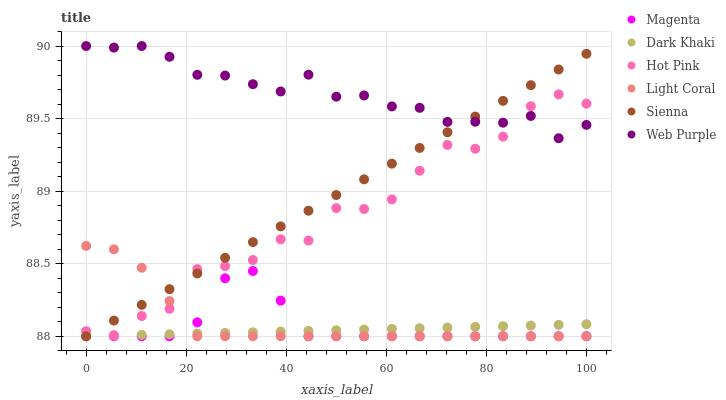
| xaxis_label | Magenta | Dark Khaki | Hot Pink | Light Coral | Sienna | Web Purple |
 | --- | --- | --- | --- | --- | --- | --- |
 | 0 | 88 | 88 | 88 | 88.6 | 88 | 90 |
 | 5.56 | 88 | 88 | 88 | 88.6 | 88.1 | 90 |
 | 11.1 | 88 | 88 | 88.1 | 88.5 | 88.2 | 90 |
 | 16.7 | 88 | 88 | 88.2 | 88.2 | 88.3 | 89.9 |
 | 22.2 | 88.1 | 88 | 88.5 | 88 | 88.4 | 89.8 |
 | 27.8 | 88.4 | 88 | 88.5 | 88 | 88.5 | 89.8 |
 | 33.3 | 88.4 | 88 | 88.5 | 88 | 88.6 | 89.7 |
 | 38.9 | 88.2 | 88 | 88.7 | 88 | 88.8 | 89.7 |
 | 44.4 | 88 | 88 | 88.7 | 88 | 88.9 | 89.8 |
 | 50 | 88 | 88 | 88.9 | 88 | 89 | 89.7 |
 | 55.6 | 88 | 88 | 88.9 | 88 | 89.1 | 89.7 |
 | 61.1 | 88 | 88.1 | 88.9 | 88 | 89.2 | 89.6 |
 | 66.7 | 88 | 88.1 | 89.1 | 88 | 89.3 | 89.6 |
 | 72.2 | 88 | 88.1 | 89.3 | 88 | 89.4 | 89.5 |
 | 77.8 | 88 | 88.1 | 89.3 | 88 | 89.5 | 89.5 |
 | 83.3 | 88 | 88.1 | 89.4 | 88 | 89.6 | 89.5 |
 | 88.9 | 88 | 88.1 | 89.6 | 88 | 89.7 | 89.5 |
 | 94.4 | 88 | 88.1 | 89.7 | 88 | 89.8 | 89.4 |
 | 100 | 88 | 88.1 | 89.6 | 88 | 89.9 | 89.5 |